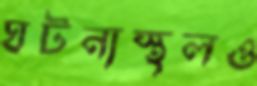
ঘটনাস্থলও